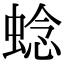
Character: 𬠖